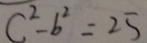
C ^ { 2 } - b ^ { 2 } = 2 5